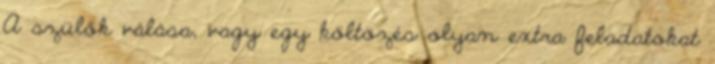
A szülők válása, vagy egy költözés olyan extra feladatokat